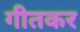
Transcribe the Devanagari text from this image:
गीतकर